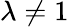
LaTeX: \lambda\ne 1